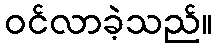
ဝင်လာခဲ့သည်။